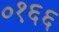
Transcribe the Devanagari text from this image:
०१६६